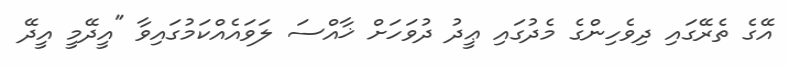
އޭގެ ތެރޭގައި ދިވެހިންގެ މެދުގައި ޢީދު ދުވަހަށް ޚާއްސަ ލަވައެއްކަމުގައިވާ "އީދޭމީ އީދޭ